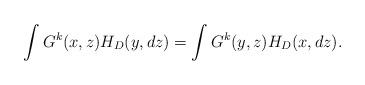
LaTeX: \begin{align*}\int G^k(x,z)H_D(y,dz)=\int G^k(y,z)H_D(x,dz) .\end{align*}